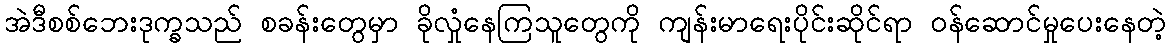
အဲဒီစစ်ဘေးဒုက္ခသည် စခန်းတွေမှာ ခိုလှုံနေကြသူတွေကို ကျန်းမာရေးပိုင်းဆိုင်ရာ ဝန်ဆောင်မှုပေးနေတဲ့